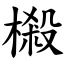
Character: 樧